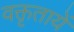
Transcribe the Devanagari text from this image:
वक्तृतायें